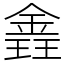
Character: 錱